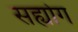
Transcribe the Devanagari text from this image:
सह्योग